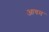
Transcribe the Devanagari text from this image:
आयम